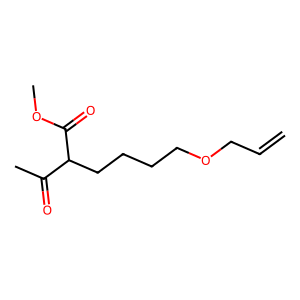
SMILES: C=CCOCCCCC(C(C)=O)C(=O)OC
Inhibits HIV replication: No